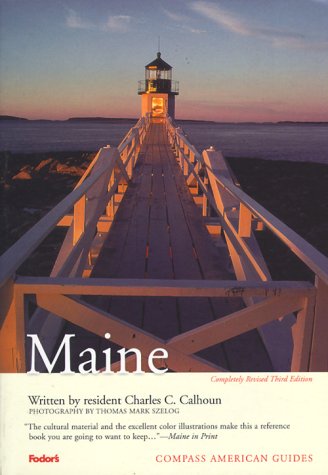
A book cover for Compass American Guides : Maine; Charles C. Calhoun; Travel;